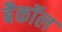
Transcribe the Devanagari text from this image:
बैकॉल